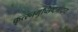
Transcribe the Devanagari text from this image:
कृत्स्नमुच्छिष्टमादाय